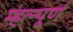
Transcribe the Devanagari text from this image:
म्हत्न्पूर्ण